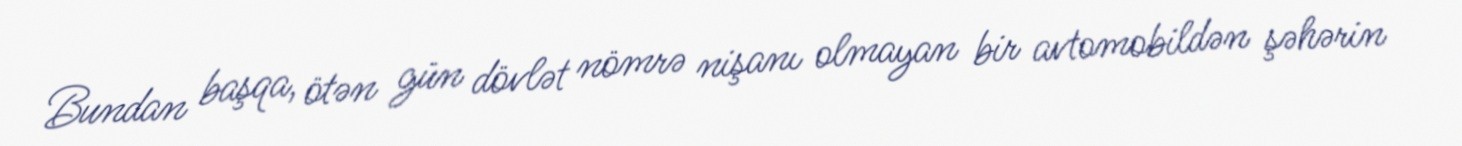
Bundan başqa, ötən gün dövlət nömrə nişanı olmayan bir avtomobildən şəhərin